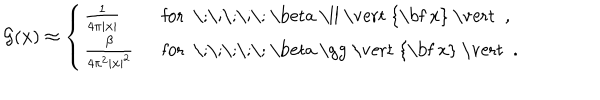
{ \cal G } ( { \bf x } ) \approx \left\{ \left\{ \begin{cases} { { { \frac { 1 } { 4 \pi \vert { \bf x } \vert } } \; } } & { { f o r \; \; \beta \ll \vert { \bf x } \vert , } } \\ { { { \frac { \beta } { 4 \pi ^ { 2 } \vert { \bf x } \vert ^ { 2 } } } \; } } & { { f o r \; \; \beta \gg \vert { \bf x } \vert . } } \\ \end{cases} \right. \right.